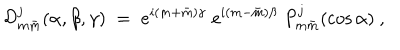
{ \cal D } _ { m \bar { m } } ^ { j } ( \alpha , \beta , \gamma ) \; = \; e ^ { i ( m + \bar { m } ) \gamma } \; e ^ { i ( m - \bar { m } ) \beta } \; P _ { m \bar { m } } ^ { j } ( \cos \alpha ) \ ,